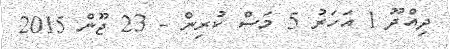
ދިއްދޫ 1 އަހަރު 5 މަސް ކުރިން - 23 ޖޫން 2015